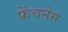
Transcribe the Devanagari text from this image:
फ्रेंचनेस